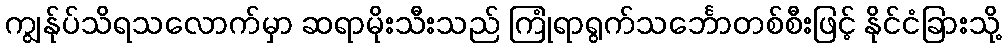
ကျွန်ုပ်သိရသလောက်မှာ ဆရာမိုးသီးသည် ကြုံရာရွက်သင်္ဘောတစ်စီးဖြင့် နိုင်ငံခြားသို့